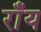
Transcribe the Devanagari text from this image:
राँय